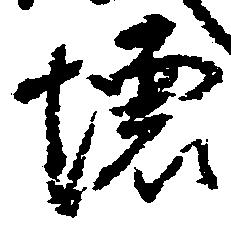
壊